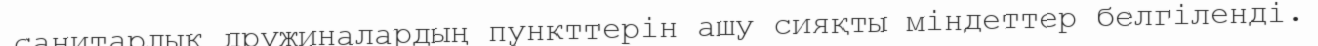
санитарлық дружиналардың пункттерін ашу сияқты міндеттер белгіленді.